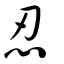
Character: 忍